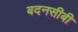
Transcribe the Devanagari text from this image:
बदनसीबी